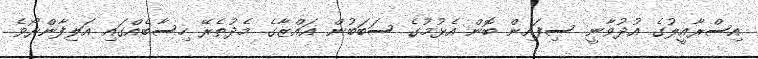
އިސްރާއީލުގެ އުދުވާނީ ސިފައިން ބޮން އެޅުމުގެ ސަބަބުން ޣައްޒާގެ މެދުތެރޭ ހިސާބެއްގައި އަލިފާންރޯވެ